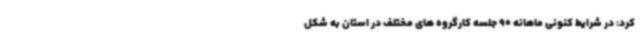
کرد: در شرایط کنونی ماهانه 90 جلسه کارگروه های مختلف در استان به شکل